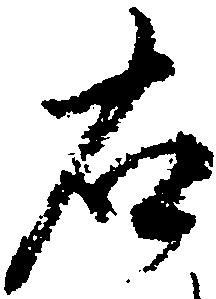
右